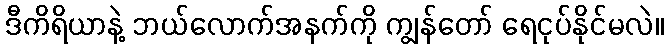
ဒီကိရိယာနဲ့ ဘယ်လောက်အနက်ကို ကျွန်တော် ရေငုပ်နိုင်မလဲ။